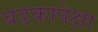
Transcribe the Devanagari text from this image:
बडकापेक्षा